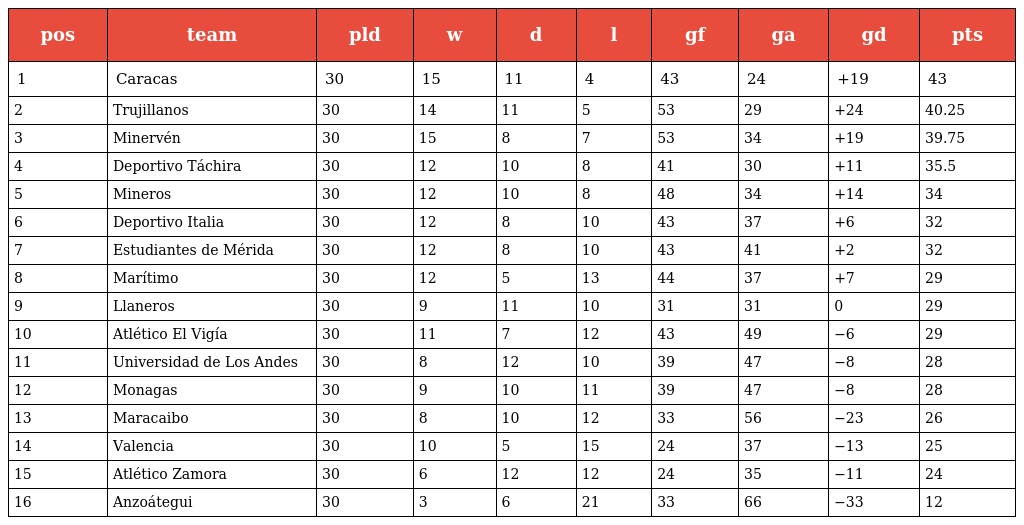
| pos | team | pld | w | d | l | gf | ga | gd | pts |
 | --- | --- | --- | --- | --- | --- | --- | --- | --- | --- |
 | 1 | Caracas | 30 | 15 | 11 | 4 | 43 | 24 | +19 | 43 |
 | 2 | Trujillanos | 30 | 14 | 11 | 5 | 53 | 29 | +24 | 40.25 |
 | 3 | Minervén | 30 | 15 | 8 | 7 | 53 | 34 | +19 | 39.75 |
 | 4 | Deportivo Táchira | 30 | 12 | 10 | 8 | 41 | 30 | +11 | 35.5 |
 | 5 | Mineros | 30 | 12 | 10 | 8 | 48 | 34 | +14 | 34 |
 | 6 | Deportivo Italia | 30 | 12 | 8 | 10 | 43 | 37 | +6 | 32 |
 | 7 | Estudiantes de Mérida | 30 | 12 | 8 | 10 | 43 | 41 | +2 | 32 |
 | 8 | Marítimo | 30 | 12 | 5 | 13 | 44 | 37 | +7 | 29 |
 | 9 | Llaneros | 30 | 9 | 11 | 10 | 31 | 31 | 0 | 29 |
 | 10 | Atlético El Vigía | 30 | 11 | 7 | 12 | 43 | 49 | −6 | 29 |
 | 11 | Universidad de Los Andes | 30 | 8 | 12 | 10 | 39 | 47 | −8 | 28 |
 | 12 | Monagas | 30 | 9 | 10 | 11 | 39 | 47 | −8 | 28 |
 | 13 | Maracaibo | 30 | 8 | 10 | 12 | 33 | 56 | −23 | 26 |
 | 14 | Valencia | 30 | 10 | 5 | 15 | 24 | 37 | −13 | 25 |
 | 15 | Atlético Zamora | 30 | 6 | 12 | 12 | 24 | 35 | −11 | 24 |
 | 16 | Anzoátegui | 30 | 3 | 6 | 21 | 33 | 66 | −33 | 12 |